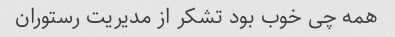
همه چی خوب بود تشکر از مدیریت رستوران